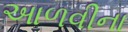
આળવીના